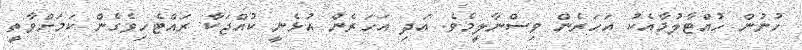
ހުނުން ހުއްޓާލުމާއެކު އަހަރެން ވިސްނާލީމެވެ. އަދި އަހަރެން އުޅެނީ ކުއްޖަކާ ރައްޓެހިވެގެން ކަމަށްވާތީ